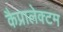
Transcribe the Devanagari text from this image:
कैप्रालेक्टम